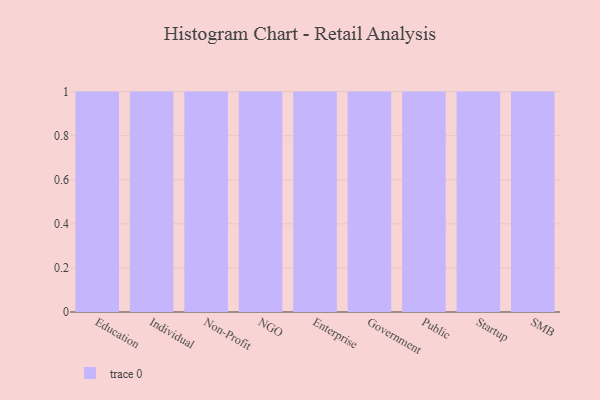
{"axis": {"x": "Segment", "y": "Energy Usage (MWh)"}, "legend": [""], "data": [{"x": "Education", "y": 93, "type": ""}, {"x": "Individual", "y": 54, "type": ""}, {"x": "Non-Profit", "y": 52, "type": ""}, {"x": "NGO", "y": 73, "type": ""}, {"x": "Enterprise", "y": 58, "type": ""}, {"x": "Government", "y": 63, "type": ""}, {"x": "Public", "y": 10, "type": ""}, {"x": "Startup", "y": 86, "type": ""}, {"x": "SMB", "y": 75, "type": ""}]}